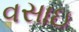
વસાઇ